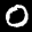
Label: 0